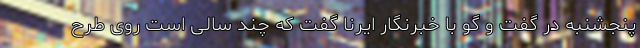
پنجشنبه در گفت و گو با خبرنگار ایرنا گفت که چند سالی است روی طرح